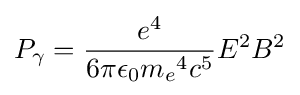
P_{\gamma }={\frac {e^{4}}{6\pi \epsilon _{0}{m_{e}}^{4}c^{5}}}E^{2}B^{2}